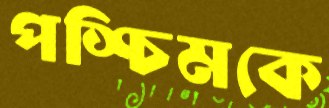
পশ্চিমকে